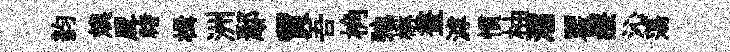
韵燠戽禇楫洲鄢貿吾桷弛楙晝滹慣柚濡瞿療沁蕩